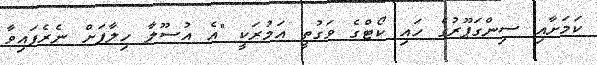
ކަމަށާއި ސިންގަޕޫރުގެ ހައި ކޯޓްގެ ވަގުތީ އަމުރަކީ "އެ އުސޫލާ ހިލާފަށް ނެރެފައިވާ